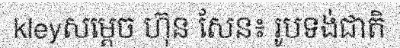
kleyសម្តេច ហ៊ុន សែន៖ រូបទង់ជាតិ